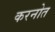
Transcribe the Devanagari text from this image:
करनोत